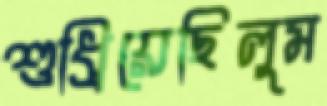
শুধ্‌রিয়েছিলুম